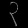
Digit: ၃